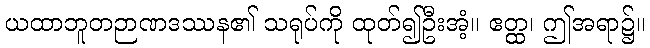
ယထာဘူတဉာဏဒဿန၏ သရုပ်ကို ထုတ်၍ဦးအံ့။ ဧတ္ထ၊ ဤအရာ၌။